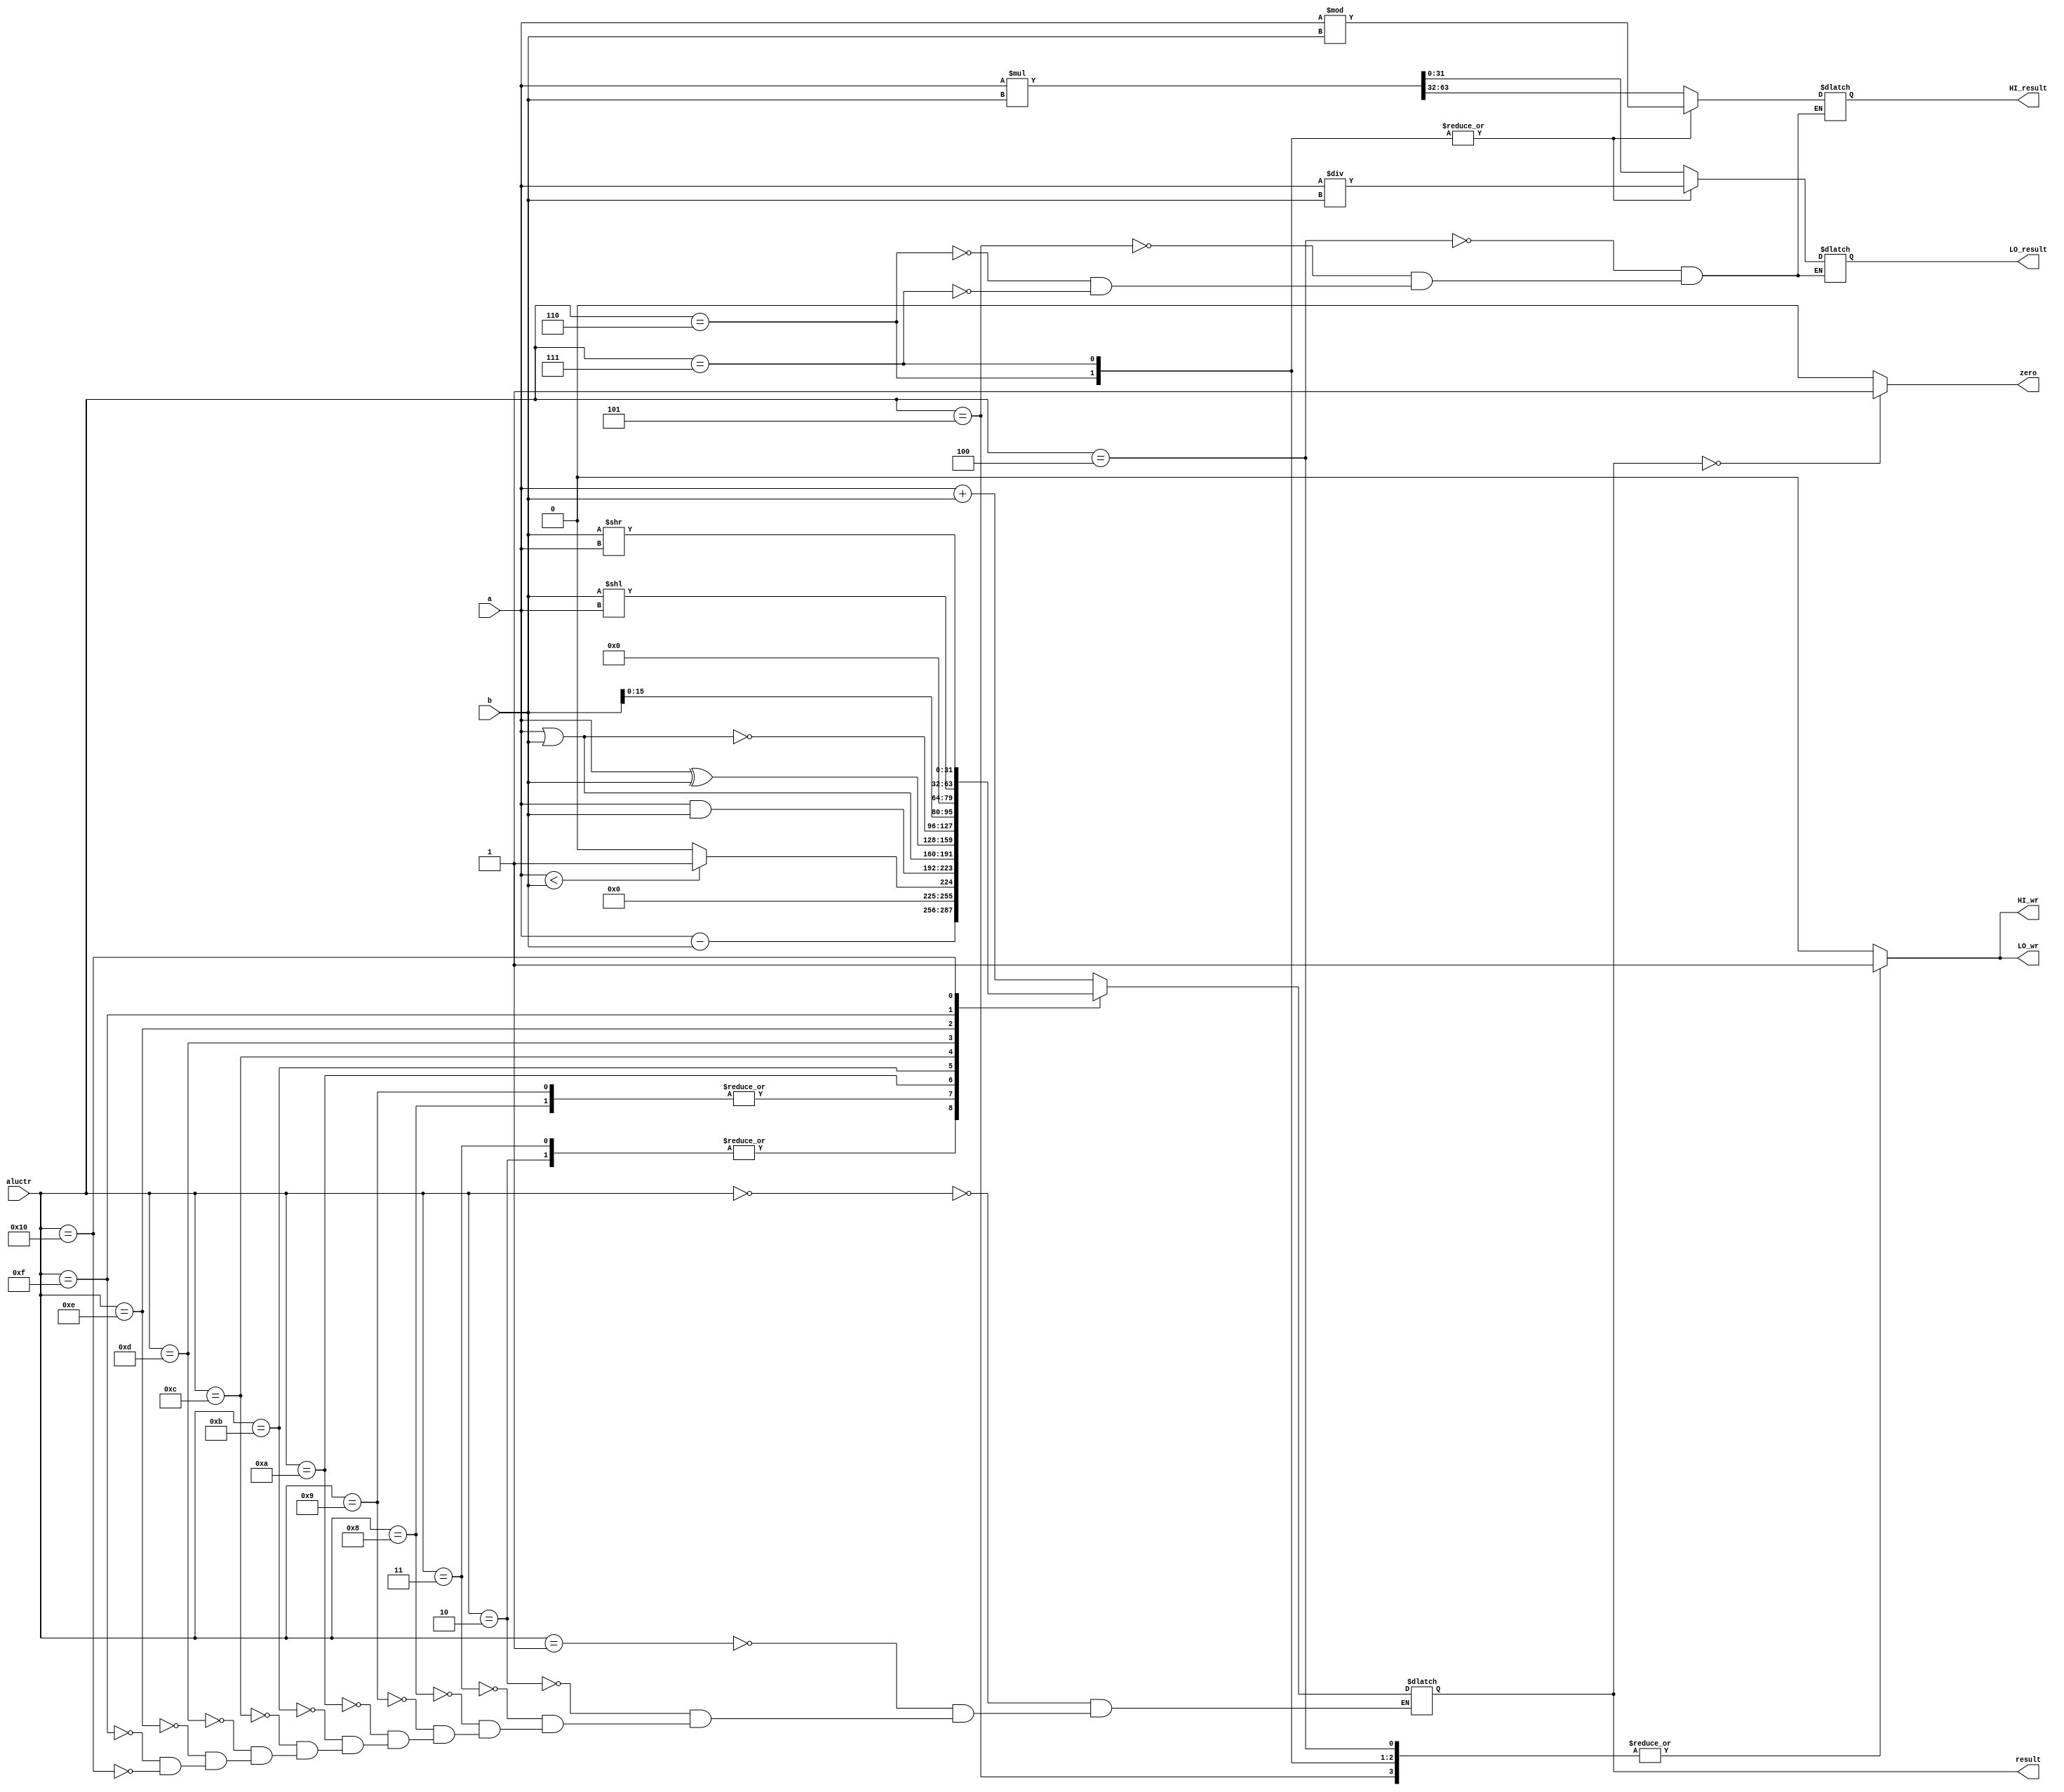
module ALU(a, b, aluctr, zero, HI_wr, LO_wr, result, HI_result, LO_result);
	input [31:0] a, b;
	input [4:0] aluctr;
	reg   [63:0] mul_result;
	output reg [31:0] result, HI_result, LO_result;
	output zero;
	output reg HI_wr, LO_wr;


	//*******ALUctr******//
    parameter Add  = 5'b00000, Addu = 5'b00001, Sub  = 5'b00010, Subu = 5'b00011, Mul  = 5'b00100, 
    		  Mulu = 5'b00101, Div  = 5'b00110, Divu = 5'b00111, Slt  = 5'b01000, Sltu = 5'b01001, 
    		  And  = 5'b01010, Or   = 5'b01011, Xor  = 5'b01100, Nor  = 5'b01101, Lui  = 5'b01110, 
    		  Sll  = 5'b01111, Srl  = 5'b10000, Sra  = 5'b10001;

  initial
  begin
    mul_result = 64'b0;
    result = 32'b0;
    HI_result = 32'b0;
    LO_result = 32'b0;
  end

	assign zero = (result == 0)?1:0;
	always @ (a or b or aluctr)
		begin 
			HI_wr = 0;
			LO_wr = 0;

			case(aluctr)
				Add:
				begin 
					result = a + b;
				end
				Addu:
				begin
					result = a + b;
				end
				Sub:
				begin
					result = a - b;
				end
				Subu:
				begin
					result = a - b;
				end
				Mul:
				begin 
					mul_result = a*b;
					HI_result = mul_result[63:32];
					LO_result = mul_result[31:0];
					HI_wr = 1;
					LO_wr = 1;
				end
				Mulu:
				begin 
					mul_result = a*b;
					HI_result = mul_result[63:32];
					LO_result = mul_result[31:0];
					HI_wr = 1;
					LO_wr = 1;
				end
				Div:
				begin
					LO_result = a/b;
					HI_result = a%b;
					HI_wr = 1;
					LO_wr = 1;
				end
				Divu:
				begin
					LO_result = a/b;
					HI_result = a%b;
					HI_wr = 1;
					LO_wr = 1;
				end
				Slt:
				begin
					if(a<b)
						result = 32'b1;
					else
						result = 32'b0;
				end
				Sltu:
				begin
					if(a<b)
						result = 32'b1;
					else
						result = 32'b0;
				end
				And:
				begin
					result = a&b;
				end
				Or:
				begin
					result = a|b;
				end
				Xor:
				begin
					result = a^b;
				end
				Nor:
				begin
					result = a|b;
					result = ~result;
				end
				Lui:
				begin
					result = {b[15:0], 16'b0};
				end
				Sll:
				begin
					result = b<<a;
				end
				Srl:
				begin
					result = b>>a;
				end
				Sra:
				begin
					//result = {a{b[31]}, b[31:a]};
				end
			endcase 
		end

endmodule